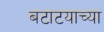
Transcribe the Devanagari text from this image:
बटाटयाच्या